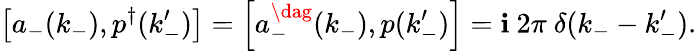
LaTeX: \left[a_{-}(k_{-}),p^{\dagger}(k_{-}^{\prime})\right]=\left[a_{-}^{\dag}(k_{-}),p(k_{-}^{\prime})\right]=\mathbf{i}\ 2\pi\ \delta(k_{-}-k_{-}^{\prime}).